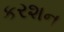
કરશન